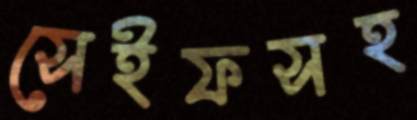
সেইফসহ